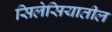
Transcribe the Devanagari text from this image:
सिलेसियातील